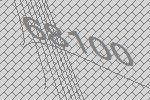
68100